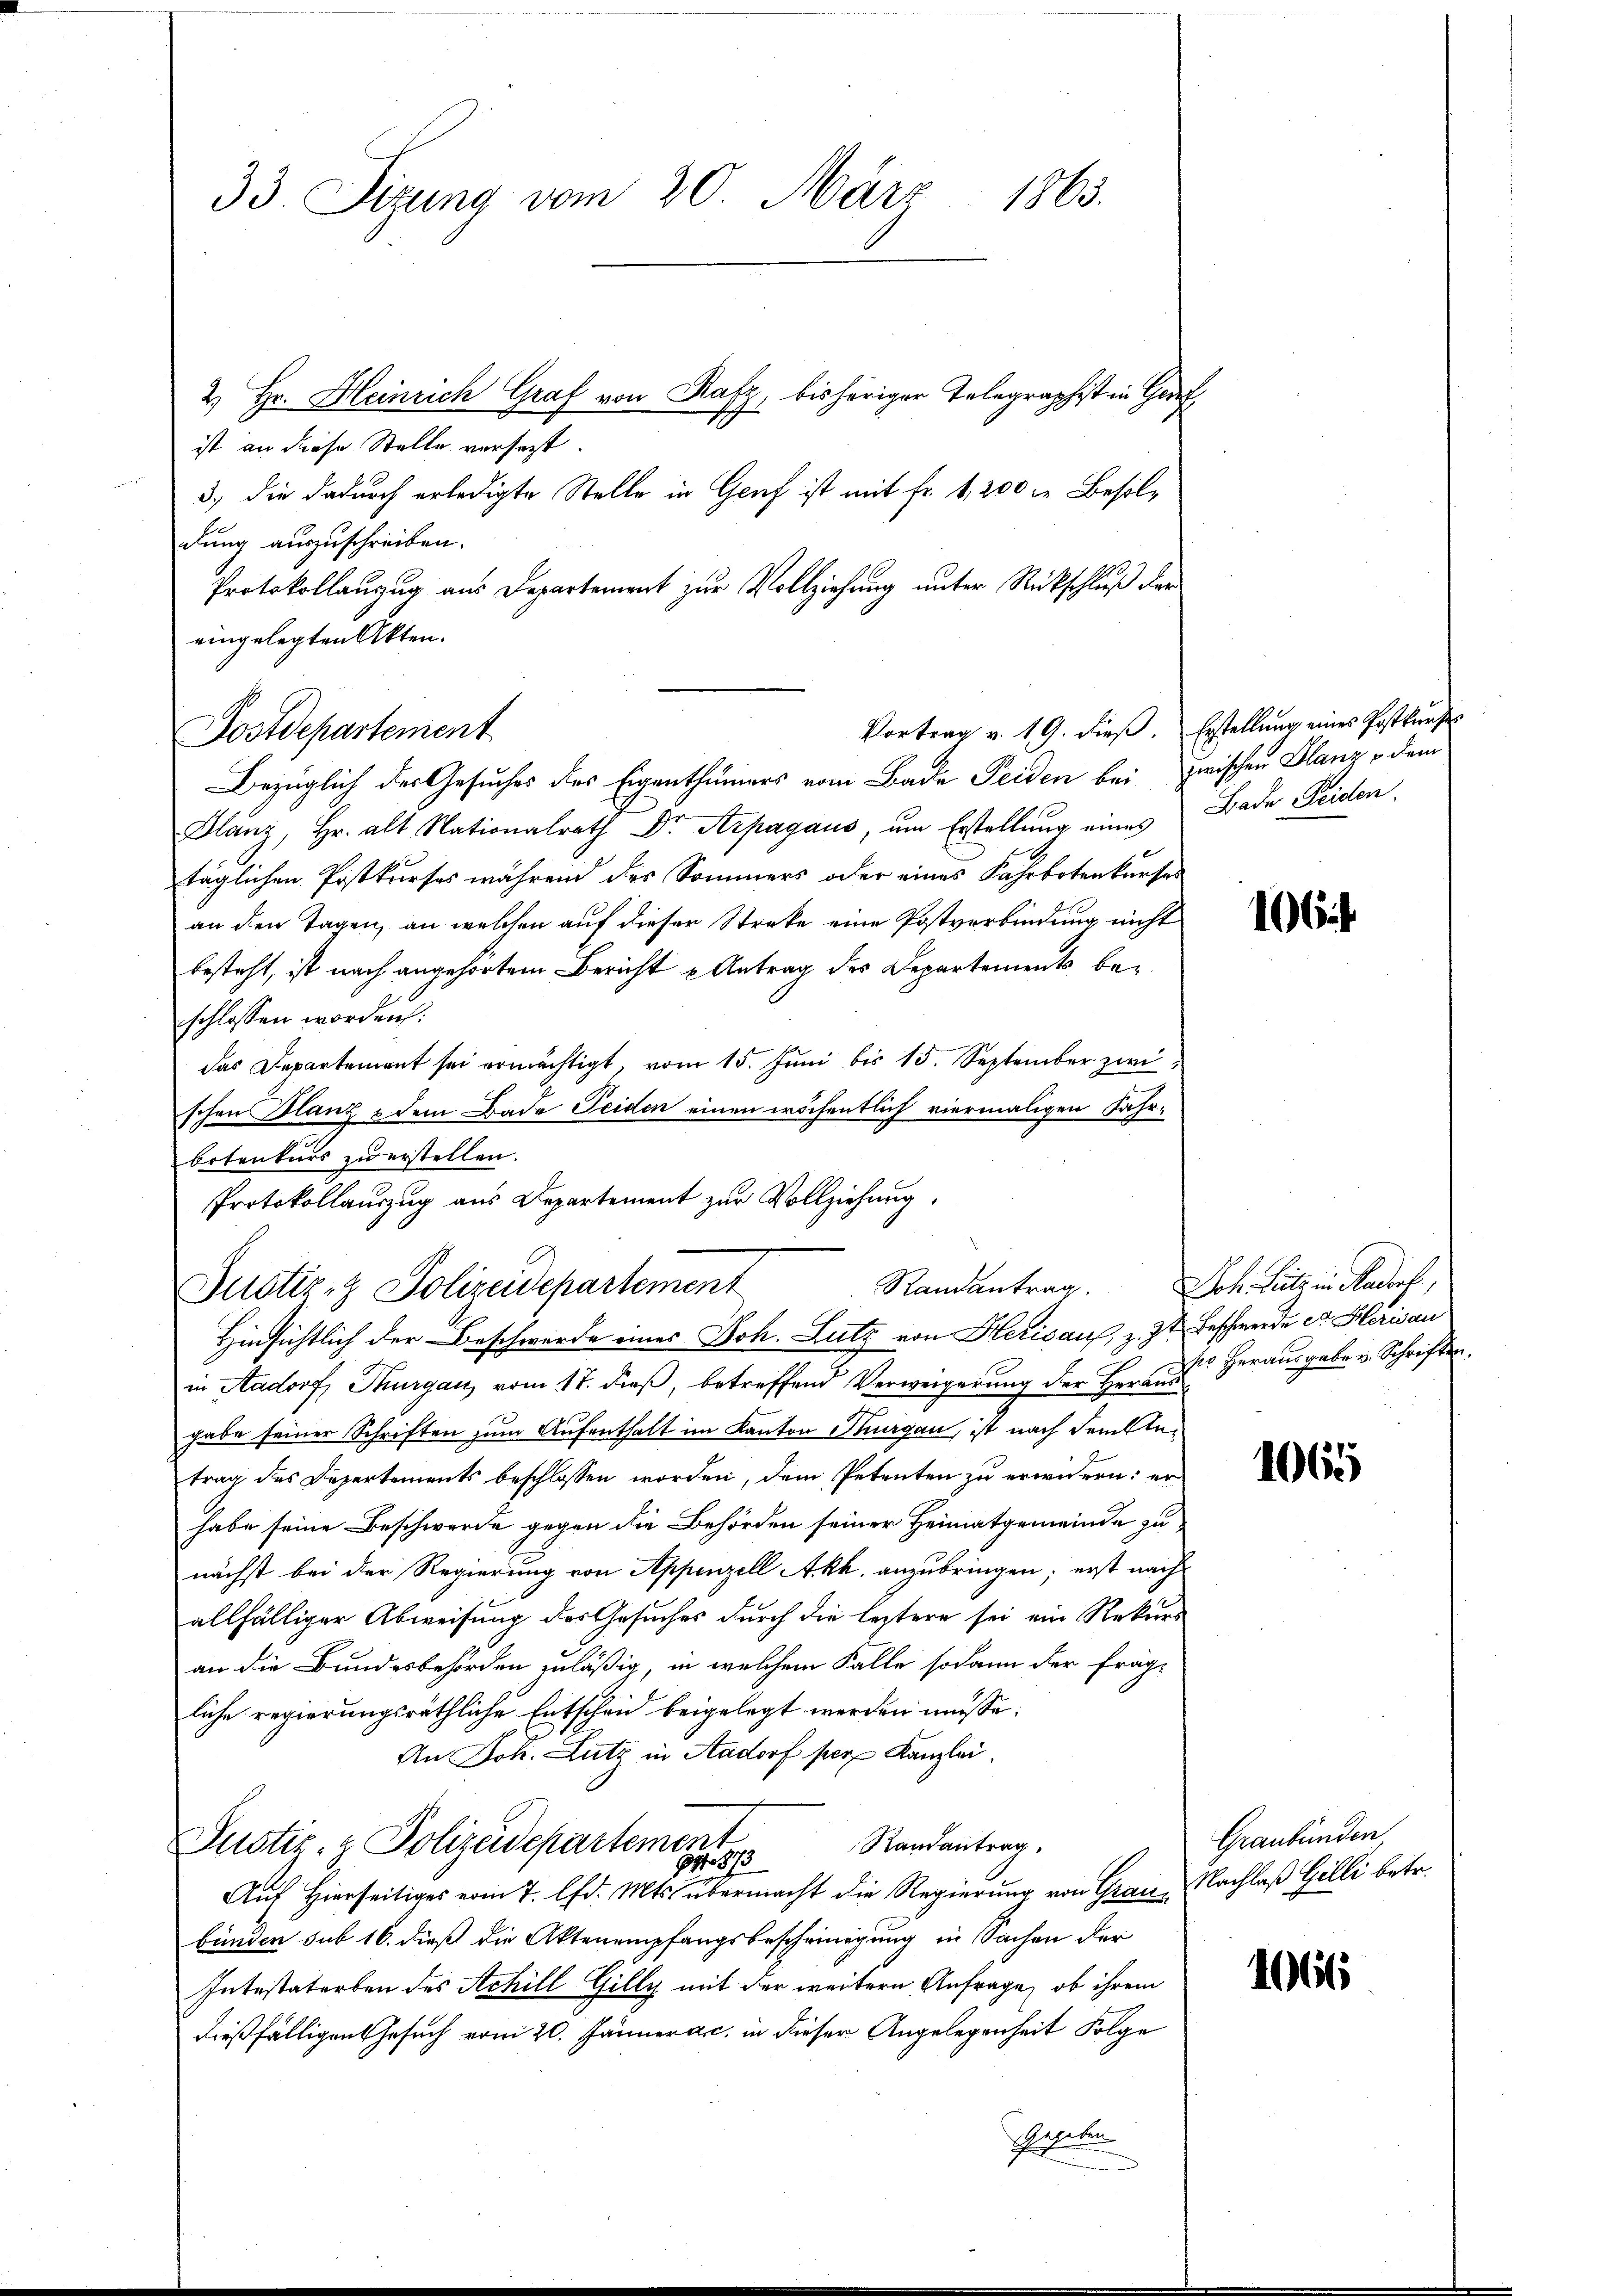
33 Sizung vom 20. März 1863.

2) Hr. Heinrich Graf von Rafz, bisheriger Telegraphist in Geref
ist an diese Stelle versezt.
3., die dadurch erledigte Stelle in Genf ist mit Fr. 1,200 l. Besoldung auszuschreiben.
Protokollauzug aus Departement zur Vollziehung unter Rückschluß der
eingelegten Akten.
Postdepartement
Bezüglich der Gesuches des Eigenthümers vom Bade Seiden bei zwischen Glanz dem
Glanz, Hr. alt Nationalrath Dr. Arpagaus, um Erstellung eines
täglichen Postkurses während des Sommers oder eines Fahrbotenkurses
an den Tagen, an welchen auf dieser Streke eine Postverbindung nicht
besteht, ist nach angehörtem Bericht u Antrag des Departement beschlossen worden.
das Departement sei ermächtigt, vom 15. Juni bis 15. September zwi
schen Glanz & dem Bade Seiden einen wöchentlich viermaligen Jahrbotenkurs zu erstellen.
Protokollauszug aus Departement zur Vollziehung.
Randantrag. Joh. Lutz in Aadorf,
Justiz- & Polizeidepartement
Hinsichtlich der Beschwerde eines Joh. Lutz von Herisauf, z. Zt. Beschwerde et Herisau
in Aadorf, Thurgau, vom 17. dieß, betreffend Verweigerung der Herrn Herausgabe u. Schriften.
gabe seiner Schriften zum Aufenthalt im Kanton Thurgau, ist nach dem Kletrag des Departements beschlossen worden, dem Petenten zu erwidern: er
habe seine Beschwerde gegen die Behörden seiner Heimatgemeinde zu
nächst bei der Regierung von Appenzell Akh. anzubringen; erst nach
allfälliger Abweisung des Gesuches durch die leztere sei ein Rekurs
an die Bundesbehörden zuläßig, in welchem Falle sodann der frägliche regierungsräthliche Entschen beigelegt werden müsse.
An Joh. Lutz in Aadorf per Kanzlei.
Randantrag.
Justiz- & Polizeidepartement
Auf Hierseitiges vom 7. lfd. Mts. übermacht die Regierung von Grau Nachlaß Gilli betr.
bunden sub 16. dieß die Aktenempfangsbescheinigung in Sachen der
Intestatorben des Achill Gilly mit der weitere Anfrage, ob ihrem
dießfälligen Gesuch vom 20. Jännera c. in dieser Angelegenheit Folge
Penden

Vortrag v. 19. dieβ. Erstellung eines Postkŭrse
Bade Feiden.

106

1065

Graubünden,

1066